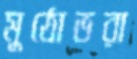
মুঠোভরা